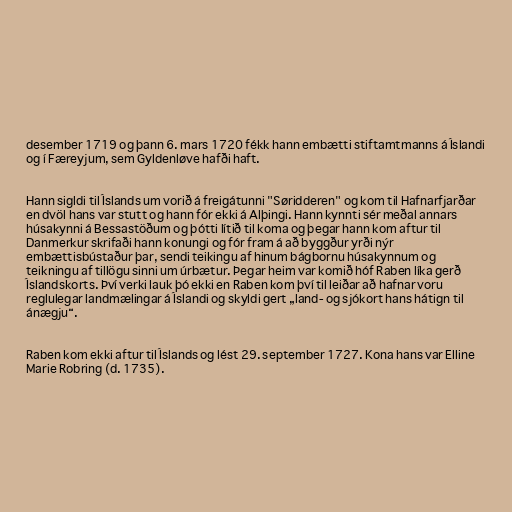
desember 1719 og þann 6. mars 1720 fékk hann embætti stiftamtmanns á Íslandi
og í Færeyjum, sem Gyldenløve hafði haft.

Hann sigldi til Íslands um vorið á freigátunni "Søridderen" og kom til Hafnarfjarðar
en dvöl hans var stutt og hann fór ekki á Alþingi. Hann kynnti sér meðal annars
húsakynni á Bessastöðum og þótti lítið til koma og þegar hann kom aftur til
Danmerkur skrifaði hann konungi og fór fram á að byggður yrði nýr
embættisbústaður þar, sendi teikingu af hinum bágbornu húsakynnum og
teikningu af tillögu sinni um úrbætur. Þegar heim var komið hóf Raben líka gerð
Íslandskorts. Því verki lauk þó ekki en Raben kom því til leiðar að hafnar voru
reglulegar landmælingar á Íslandi og skyldi gert „land- og sjókort hans hátign til
ánægju“.

Raben kom ekki aftur til Íslands og lést 29. september 1727. Kona hans var Elline
Marie Robring (d. 1735).